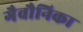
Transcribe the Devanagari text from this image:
गैवौनिका